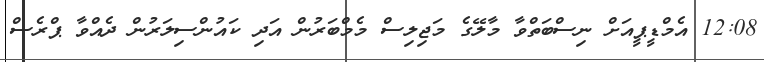
12:08 އެމްޑީޕީއަށް ނިސްބަތްވާ މާލޭގެ މަޖިލިސް މެމްބަރުން އަދި ކައުންސިލަރުން ދެއްވާ ޕްރެސް